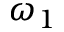
\omega _ { 1 }